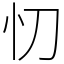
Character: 忉